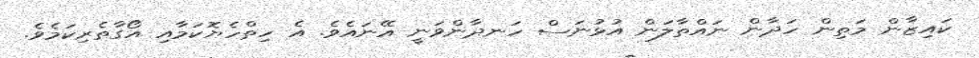
ކައިޒާން މަތިން ހަދާން ނައްތާލަން އުޅުނަސް ހަނދާންވަނީ އޭނައެވެ. އެ ހިތްހެޔޮކަމާއި އޯގާތެރިކަމެވެ.